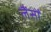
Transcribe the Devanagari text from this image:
लैंसोँ